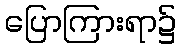
ပြောကြားရာ၌